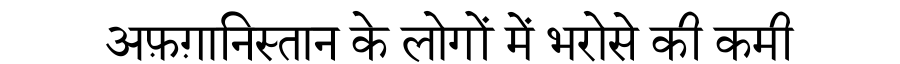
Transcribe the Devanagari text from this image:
अफ़ग़ानिस्तान के लोगों में भरोसे की कमी